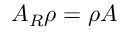
A _ { R } \rho = \rho A